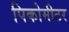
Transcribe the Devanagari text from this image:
पिकोमीटर